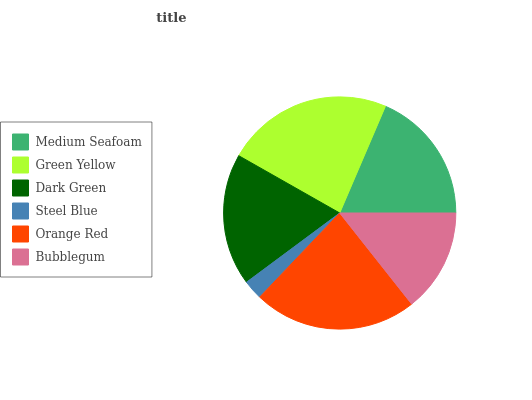
| Medium Seafoam | Green Yellow | Dark Green | Steel Blue | Orange Red | Bubblegum |
 | --- | --- | --- | --- | --- | --- |
 | 18.6% | 23.2% | 18.3% | 2.74% | 22.8% | 14.4% |